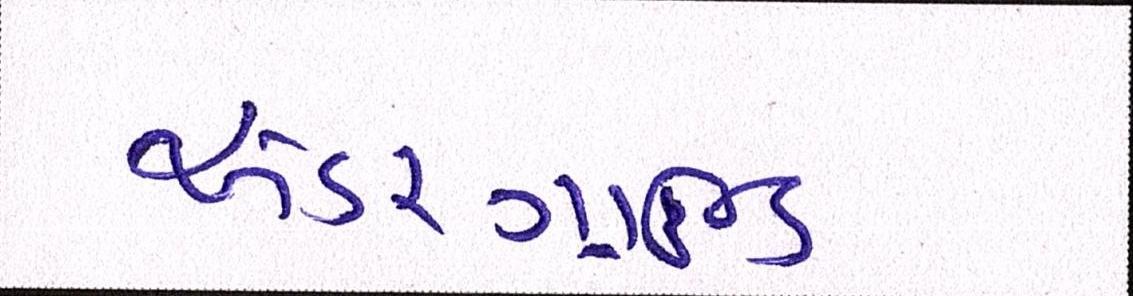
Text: અંડરગ્રાઉન્ડ